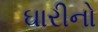
ઘારીનો